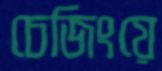
চেজিংয়ে